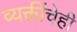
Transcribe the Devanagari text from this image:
व्यक्तींचेही